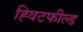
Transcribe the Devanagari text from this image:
ह्विटफील्ड